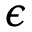
\epsilon